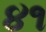
૪૧